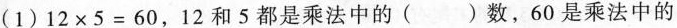
(1)$$1 2 \times 5 = 6 0$$，12和5都是乘法中的( )数，60是乘法中的